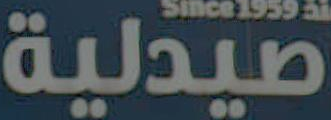
صيدلية